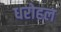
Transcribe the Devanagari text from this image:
धरोहल